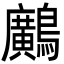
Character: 𪇵